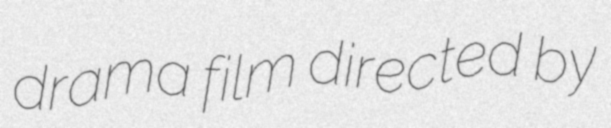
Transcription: drama film directed by